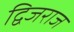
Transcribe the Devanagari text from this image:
द्विजराज